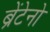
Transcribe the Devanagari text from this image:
ब्रेंटेनो